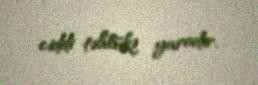
ciddi təhlükə yaradır.